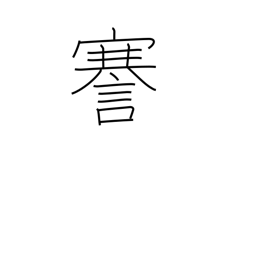
Meaning: speak frankly